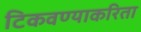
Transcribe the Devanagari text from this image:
टिकवण्याकरिता